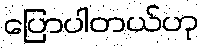
ပြောပါတယ်ဟု